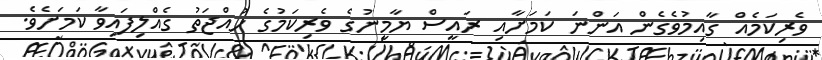
ވެރިކަމެއް ގާއިމުވެގެން އަންނަ ކަމަށާއި ރައީސް ޔާމީނުގެ ވެރިކަމުގެ ހުއްޖަތު ގެއްލިފައިވާ ކަމަށެވެ.